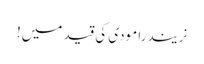
نریندرا مودی کی قید میں!